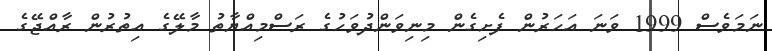
ނަމަވެސް 1999 ވަނަ އަހަރުން ފެށިގެން މިނިވަންދުވަހުގެ ރަސްމިއްޔާތު މާލޭގެ އިތުރުން ރާއްޖޭގެ